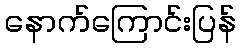
နောက်ကြောင်းပြန်